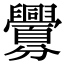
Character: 𮍲